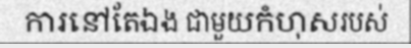
ការនៅតែឯង ជាមួយកំហុសរបស់